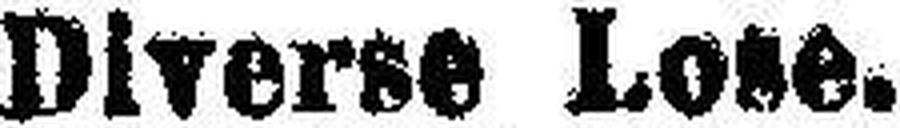
Diverse Lose.